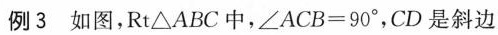
例3如图，Rt△ABC中，$$∠ A C B = 9 0 °$$，CD是斜边